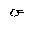
Letter: _sad